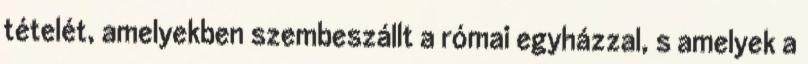
tételét, amelyekben szembeszállt a római egyházzal, s amelyek a